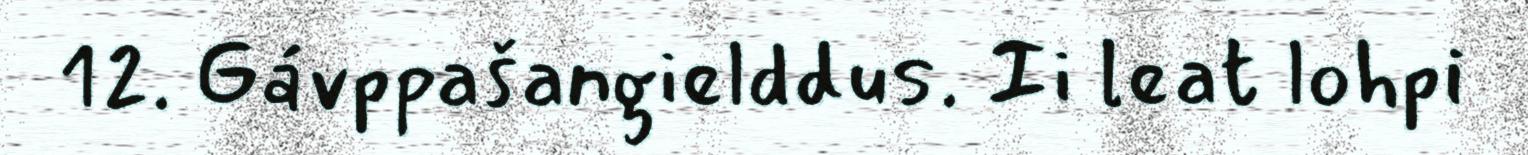
12. Gávppašangielddus. Ii leat lohpi